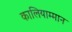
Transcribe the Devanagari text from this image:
कालियाम्मान